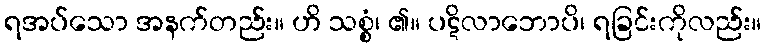
ရအပ်သော အနက်တည်း။ ဟိ သစ္စံ၊ ၏။ ပဋိလာဘောပိ၊ ရခြင်းကိုလည်း။